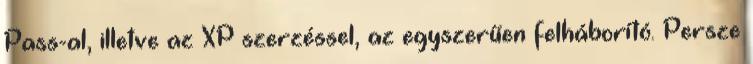
Pass-al, illetve az XP szerzéssel, az egyszerűen felháborító. Persze